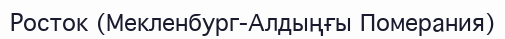
Росток (Мекленбург-Алдыңғы Померания)